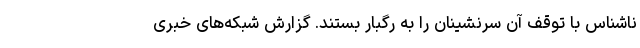
ناشناس با توقف آن سرنشینان را به رگبار بستند. گزارش شبکه‌های خبری